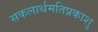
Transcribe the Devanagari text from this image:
सकलार्थमतिप्रकाशु